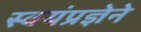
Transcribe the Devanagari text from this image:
स्वयंप्रज्ञेने